65_HS1-834228961_62-HQ-83894_Section_4
Agency: FBI
Page 85
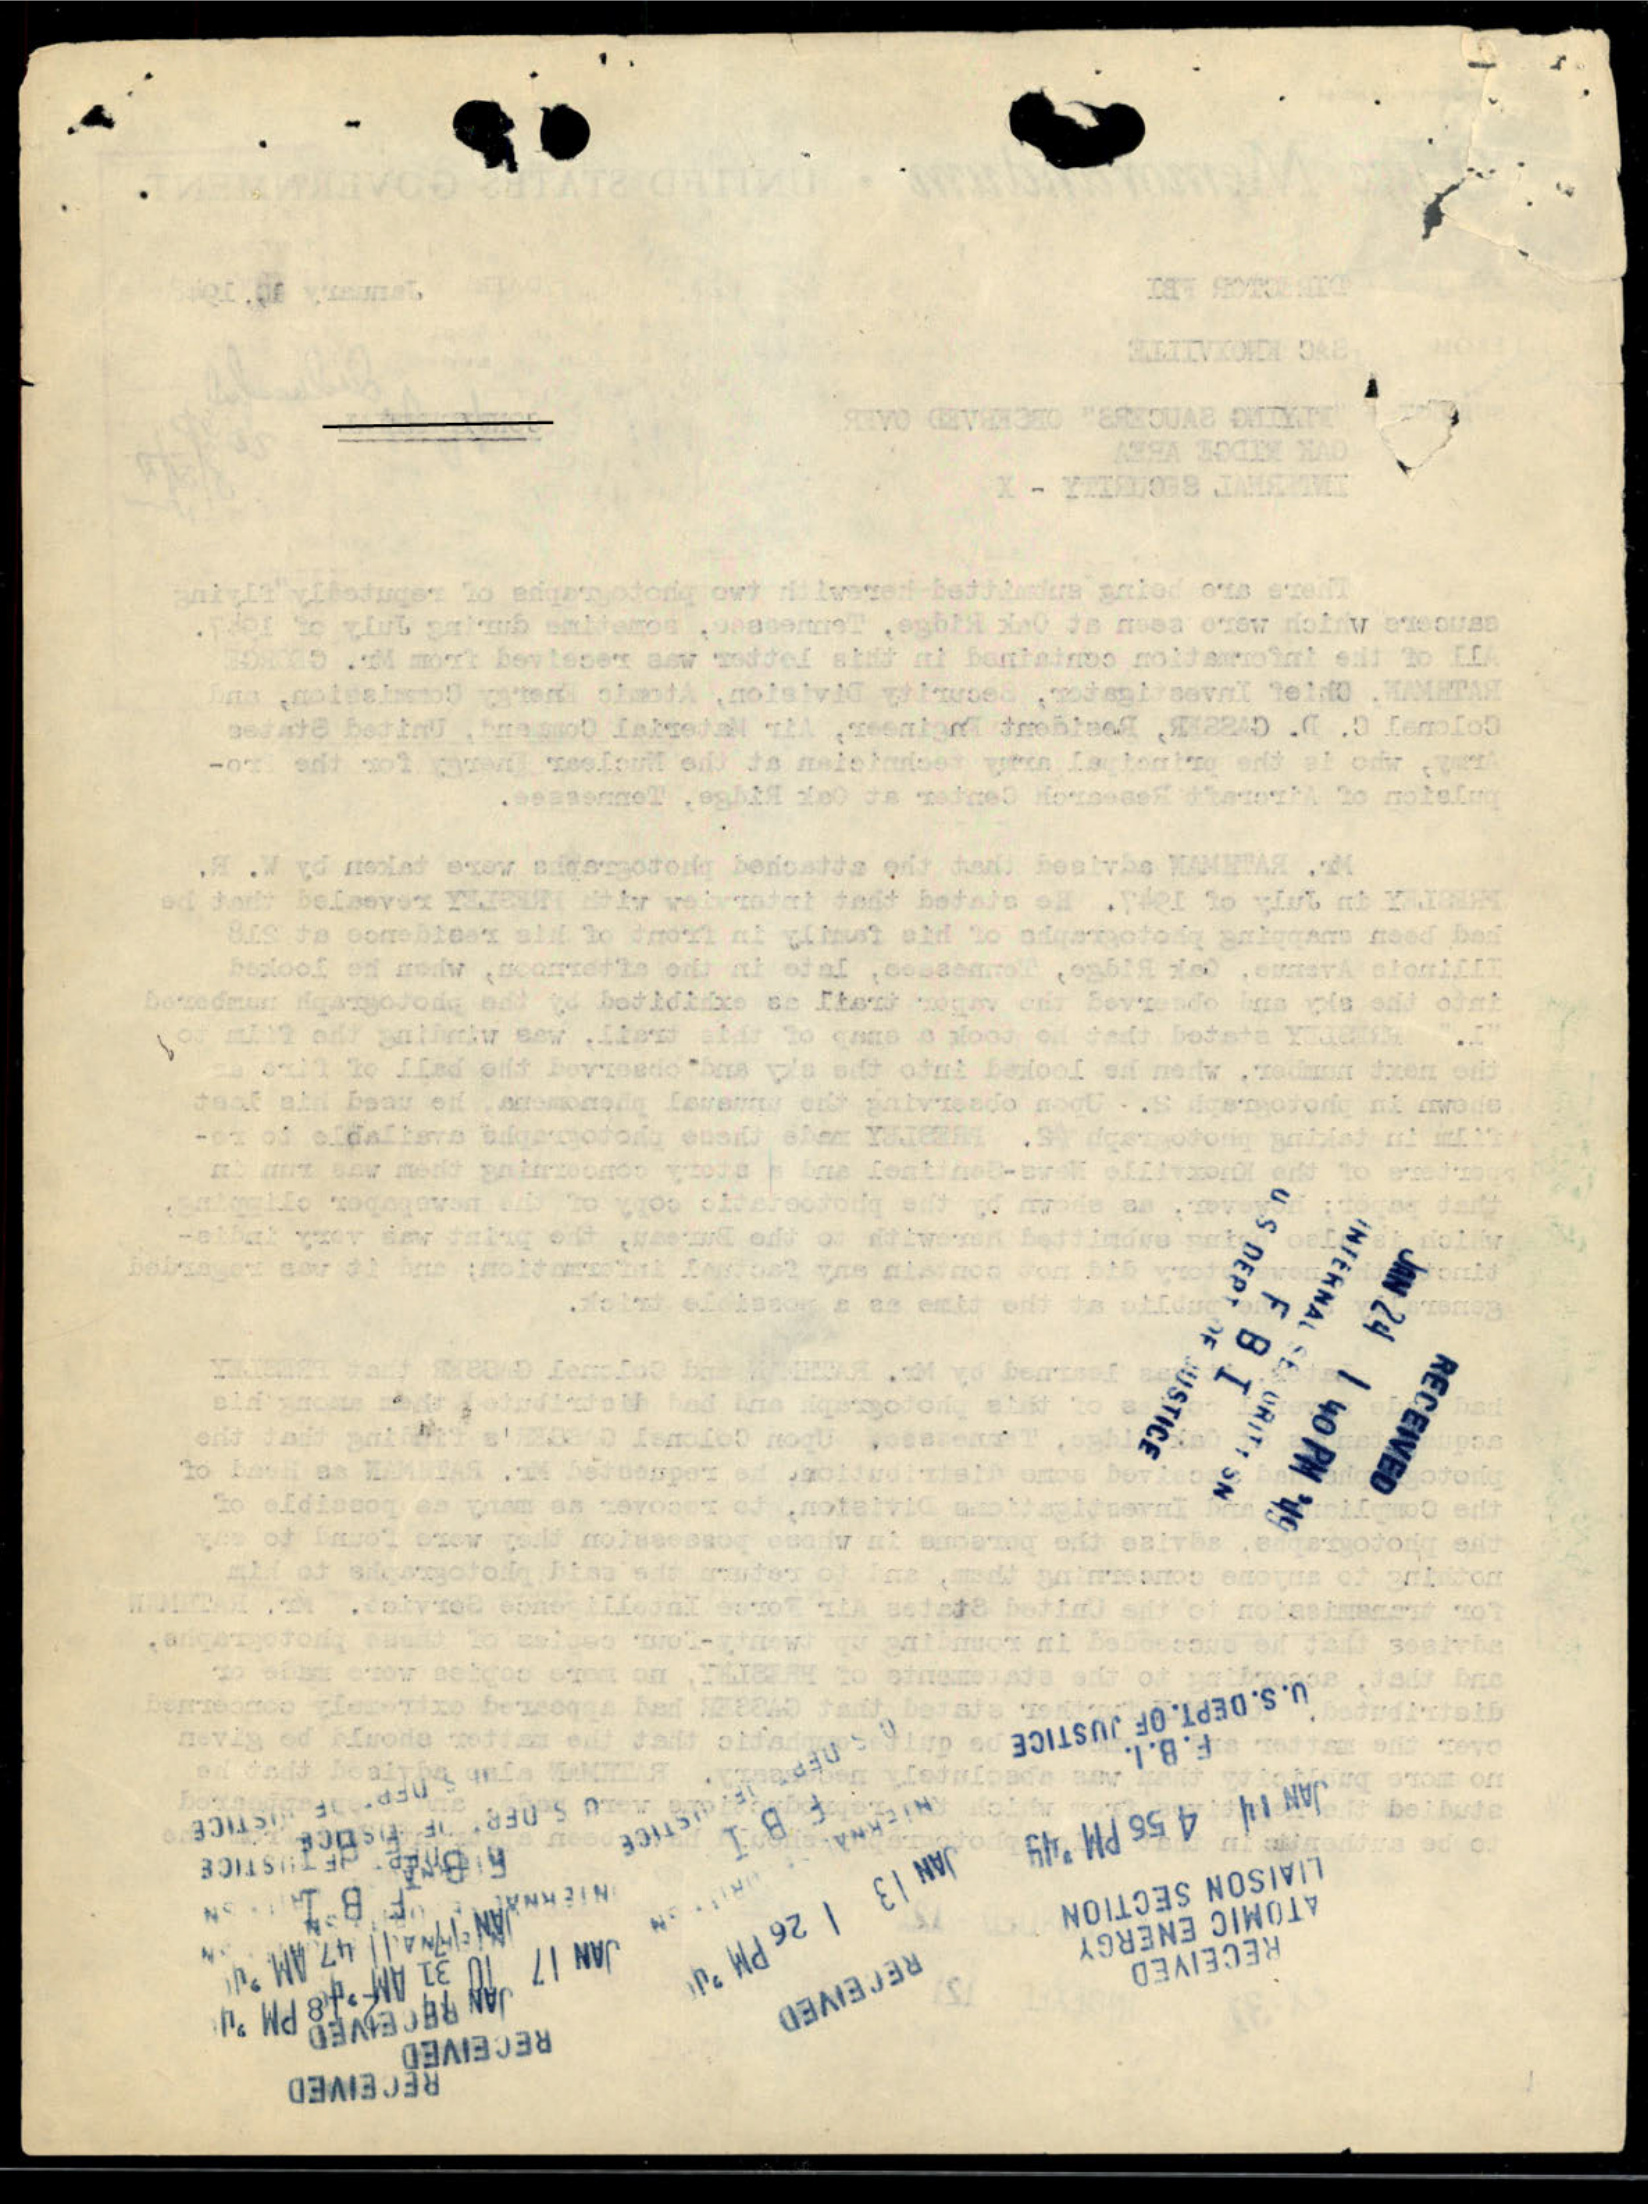